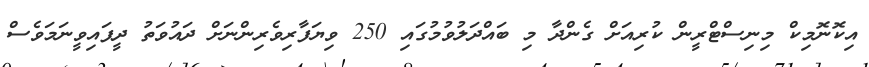
އިކޮނޮމިކް މިނިސްޓްރީން ކުރިއަށް ގެންދާ މި ބައްދަލުވުމުގައި 250 ވިޔަފާރިވެރިންނަށް ދައުވަތު ދީފައިވީނަމަވެސް